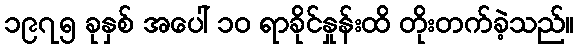
၁၉၇၅ ခုနှစ် အပေါ် ၁၀ ရာခိုင်နှုန်းထိ တိုးတက်ခဲ့သည်။